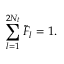
\sum _ { l = 1 } ^ { 2 N _ { t } } { { \tilde { F } } _ { l } } = 1 .